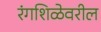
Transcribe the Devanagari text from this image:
रंगशिळेवरील